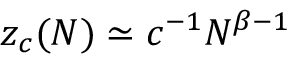
z _ { c } ( N ) \simeq { c } ^ { - 1 } N ^ { \beta - 1 }